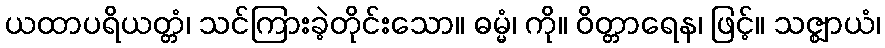
ယထာပရိယတ္တံ၊ သင်ကြားခဲ့တိုင်းသော။ ဓမ္မံ၊ ကို။ ဝိတ္တာရေန၊ ဖြင့်။ သဇ္ဈာယံ၊